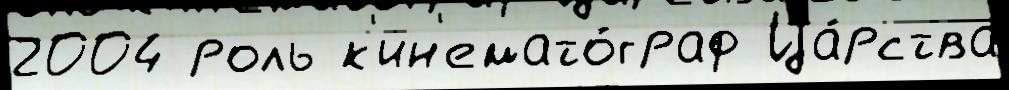
2004 роль к'ин'емато́граф Ца́рства